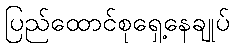
ပြည်ထောင်စုရှေ့နေချုပ်